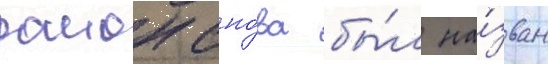
раион сно́ва бы́л на́зван